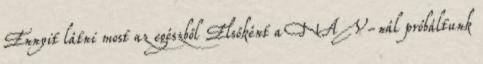
Ennyit látni most az egészből Elsőként a NAV-nál próbáltunk